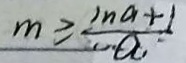
m \geq \frac { \ln a + 1 } { a _ { 1 } }